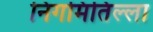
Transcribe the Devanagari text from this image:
निगमितिल्ला